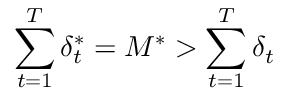
\sum _ { t = 1 } ^ { T } \delta _ { t } ^ { * } = M ^ { * } > \sum _ { t = 1 } ^ { T } \delta _ { t }